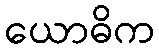
ယောဓိက